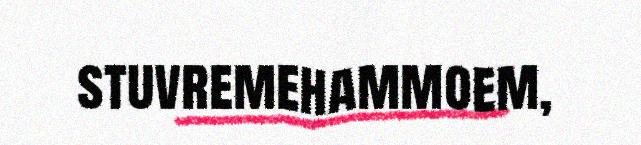
stuvremehammoem,